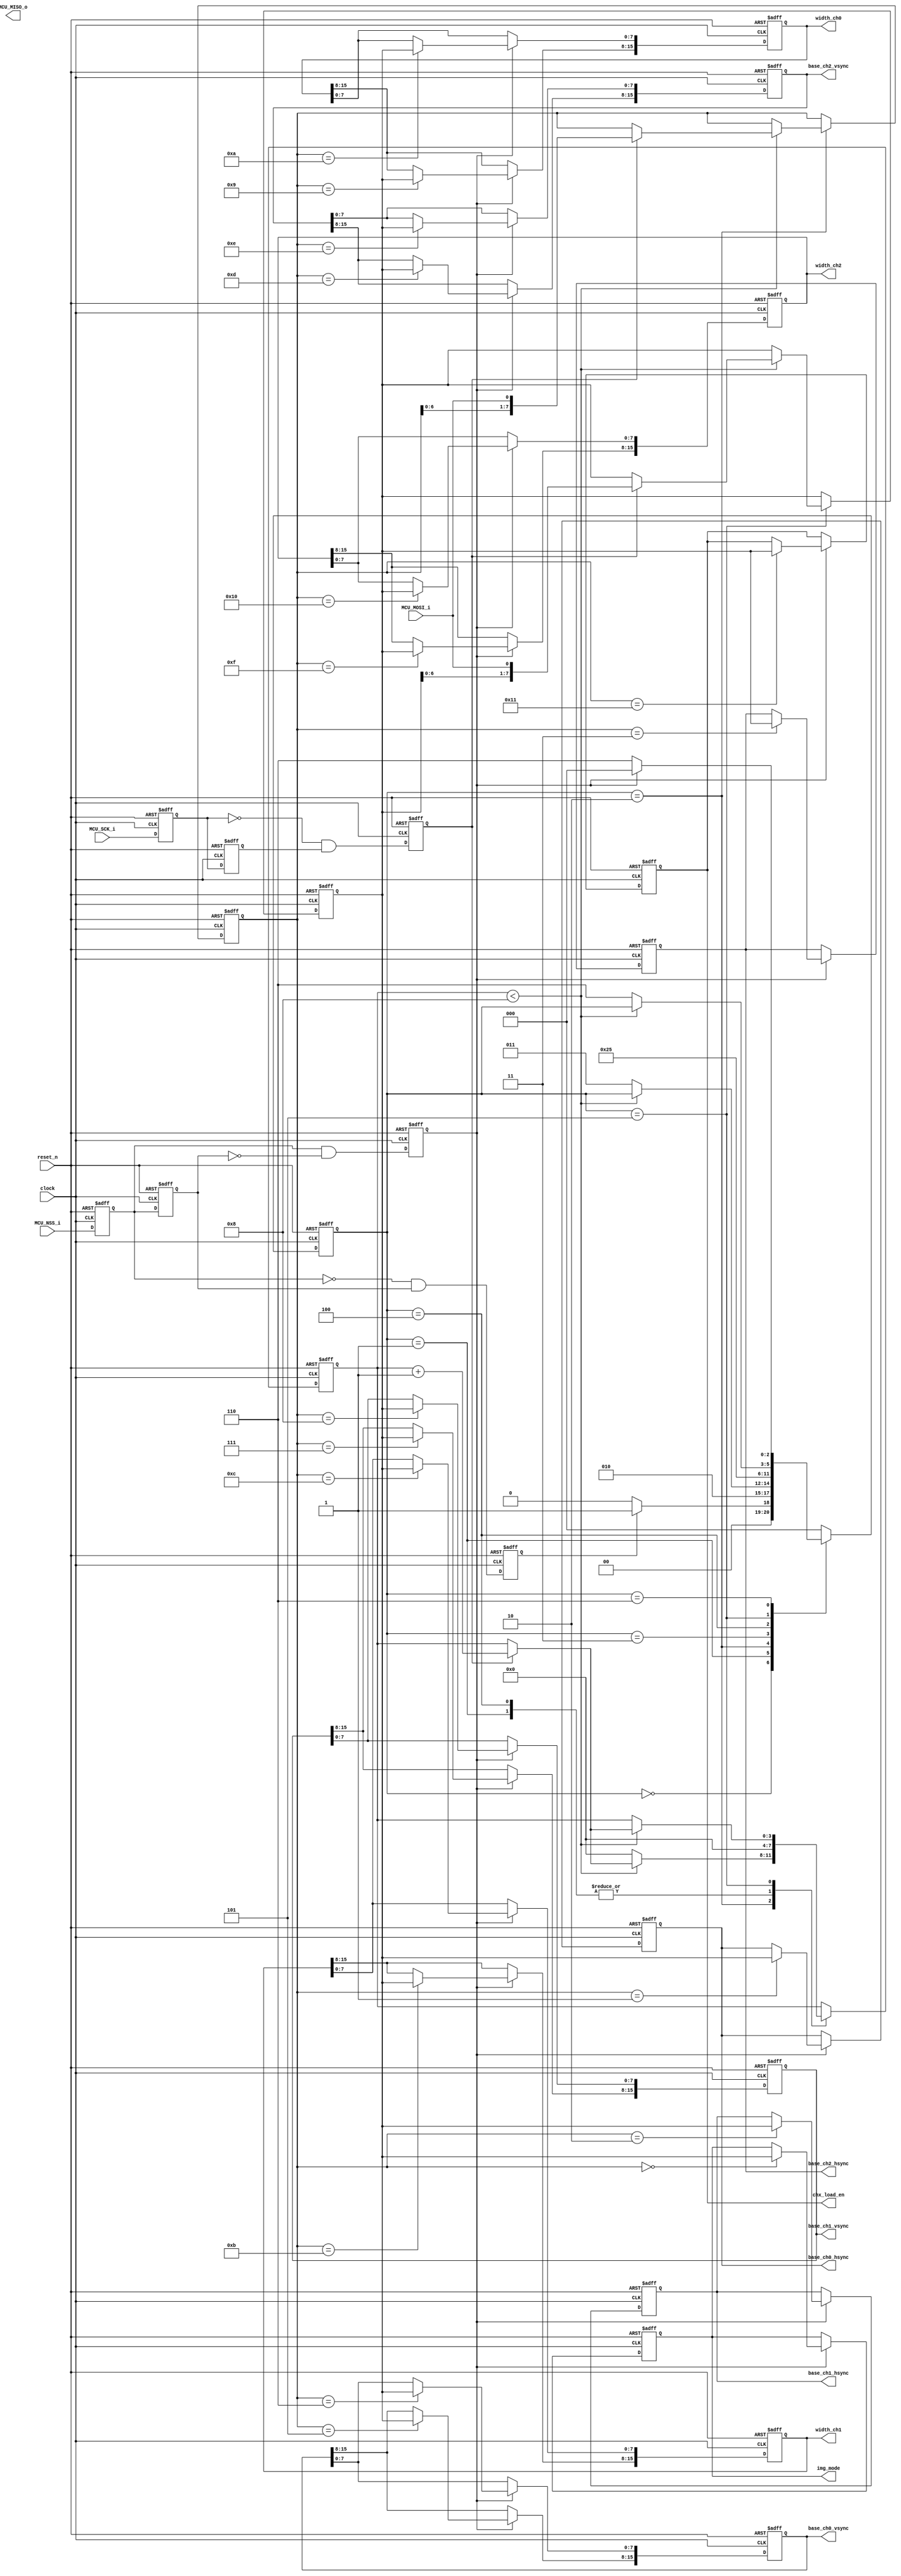
//---------------------------------------------------------------------------------------

module SPI0_Crl(
		
		//
		clock, reset_n,
		//
		MCU_SCK_i, MCU_MISO_o, MCU_MOSI_i, MCU_NSS_i,
		//
		base_ch0_hsync, base_ch0_vsync, width_ch0, 
		base_ch1_hsync, base_ch1_vsync, width_ch1, 
		base_ch2_hsync, base_ch2_vsync, width_ch2,
		chx_load_en, img_mode

);

//---------------------------------------------------------------------------------------

//
input								clock;
input								reset_n;

//
input								MCU_SCK_i;
output								MCU_MISO_o;
input								MCU_MOSI_i; 
input								MCU_NSS_i;

//
output		[7:0]					base_ch0_hsync;
output		[7:0]					base_ch1_hsync;
output		[7:0]					base_ch2_hsync;
output		[15:0]					base_ch0_vsync;
output		[15:0]					base_ch1_vsync;
output		[15:0]					base_ch2_vsync;
output		[15:0]					width_ch0;
output		[15:0]					width_ch1;
output		[15:0]					width_ch2;
output		[7:0]					chx_load_en;
output		[7:0]					img_mode;

//---------------------------------------------------------------------------------------

//							
reg			[7:0]					r_base_ch0_hsync;
reg			[7:0]					r_base_ch1_hsync;
reg			[7:0]					r_base_ch2_hsync;
reg			[15:0]					r_base_ch0_vsync;
reg			[15:0]					r_base_ch1_vsync;
reg			[15:0]					r_base_ch2_vsync;
reg			[15:0]					r_width_ch0;
reg			[15:0]					r_width_ch1;
reg			[15:0]					r_width_ch2;
reg			[7:0]					r_chx_load_en;
reg			[7:0]					r_img_mode;
//
reg			[2:0]					ST;
//
reg									sck_pedge;
reg									sck_nedge;
reg									sck_d0;
reg									sck_d1;
reg									nss_pedge;
reg									nss_nedge;
reg									nss_d0;
reg									nss_d1;
reg			[3:0]				    spi_cnt;
reg			[7:0]					spi_addr;
reg			[7:0]					spi_dat;		

//---------------------------------------------------------------------------------------

parameter							IDLE = 3'd0;
parameter							SPI0_BYTE1_START = 3'd1;
parameter							SPI0_BYTE1_TANSFER = 3'd2;
parameter							SPI0_BYTE1_END = 3'd3;
parameter							SPI0_BYTE2_START = 3'd4;
parameter							SPI0_BYTE2_TANSFER = 3'd5;
parameter							SPI0_BYTE2_END = 3'd6;

//---------------------------------------------------------------------------------------

assign base_ch0_hsync = r_base_ch0_hsync;
assign base_ch1_hsync = r_base_ch1_hsync;
assign base_ch2_hsync = r_base_ch2_hsync;
assign base_ch0_vsync = r_base_ch0_vsync;
assign base_ch1_vsync = r_base_ch1_vsync;
assign base_ch2_vsync = r_base_ch2_vsync;
assign width_ch0 = r_width_ch0;
assign width_ch1 = r_width_ch1;
assign width_ch2 = r_width_ch2;
assign chx_load_en = r_chx_load_en;
assign img_mode = r_img_mode;


//---------------------------------------------------------------------------------------

always@(posedge clock or negedge reset_n)
	begin
		if(!reset_n)
			begin
				sck_d0 <= 1'b0;
				sck_d1 <= 1'b0;
				nss_d0 <= 1'b0;
				nss_d1 <= 1'b0;
				sck_pedge <= 1'b0;
				sck_nedge <= 1'b0;
				nss_pedge <= 1'b0;
				nss_nedge <= 1'b0;
			end
		else 
			begin
				sck_d0 <= MCU_SCK_i;
				sck_d1 <= sck_d0;
				sck_pedge <= sck_d0 && ~sck_d1;
				sck_nedge <= ~sck_d0 && sck_d1;
				nss_d0 <= MCU_NSS_i;
				nss_d1 <= nss_d0;
				nss_pedge <= nss_d0 && ~nss_d1;
				nss_nedge <= ~nss_d0 && nss_d1;
			end
	end

always@(posedge clock or negedge reset_n)
	begin
		if(!reset_n)
			begin
				//
				spi_cnt <= 0;
				spi_addr <= 0;
				spi_dat <= 0;
				//
				ST <= IDLE;
			end
		else
			begin
				case(ST)
					IDLE : 
						if(nss_nedge)
							ST <= SPI0_BYTE1_START;
						else
							begin
								ST <= IDLE;
							end
					SPI0_BYTE1_START :
						begin
							ST <= SPI0_BYTE1_TANSFER;
							spi_cnt <= 0;
						end
					SPI0_BYTE1_TANSFER:
						begin
							if(spi_cnt < 8)
								begin
									if(sck_nedge)
										begin
											spi_cnt <= spi_cnt + 1;
											spi_addr <= {spi_addr[6:0], MCU_MOSI_i};
										end
								end
							else
								begin
									ST <= SPI0_BYTE1_END;
									spi_cnt <= 0;
								end
						end
					SPI0_BYTE1_END:
						begin
							ST <= SPI0_BYTE2_START;
						end
					SPI0_BYTE2_START :
						begin
							ST <= SPI0_BYTE2_TANSFER;
							spi_cnt <= 0;
						end
					SPI0_BYTE2_TANSFER:
						begin
							if(spi_cnt < 8)
								begin
									if(sck_nedge)
										begin
											spi_cnt <= spi_cnt + 1;
											spi_dat <= {spi_dat[6:0], MCU_MOSI_i};
										end
								end
							else
								begin
									ST <= SPI0_BYTE2_END;
								end
						end
					SPI0_BYTE2_END:
						begin
							if(nss_pedge)
								ST <= IDLE;
							else
								ST <= SPI0_BYTE2_END;
						end
					default:
						ST <= IDLE;
				endcase
			end
	end

always@(posedge clock or negedge reset_n)
	begin
		if(!reset_n)
			begin
			    r_base_ch0_hsync <= 0;
				r_base_ch1_hsync <= 0; 
				r_base_ch2_hsync <= 0;
				r_base_ch0_vsync <= 0;
				r_base_ch1_vsync <= 0; 
				r_base_ch2_vsync <= 0;
				r_width_ch0 <= 0;
				r_width_ch1 <= 0;
				r_width_ch2 <= 0;
				r_chx_load_en <= 0;
				r_img_mode <= 0;
			end
		else if(nss_pedge)
			case(spi_addr)
				0 : r_img_mode <= spi_dat;
				1 : r_base_ch0_hsync <= spi_dat;
				2 : r_base_ch1_hsync <= spi_dat;
				3 :	r_base_ch2_hsync <= spi_dat;
				//4 : r_base_ch2_hsync <= spi_dat;
				5 : r_base_ch0_vsync[15:8] <= spi_dat;
				6 : r_base_ch0_vsync[7:0] <= spi_dat;
				7 :	r_base_ch1_vsync[15:8] <= spi_dat;
				8 : r_base_ch1_vsync[7:0] <= spi_dat;
				9 : r_width_ch0[15:8] <= spi_dat;
			   10 : r_width_ch0[7:0] <= spi_dat;
			   11 :	r_width_ch1[15:8] <= spi_dat;
			   12 : r_width_ch1[7:0] <= spi_dat;
			   13 :	r_base_ch2_vsync[15:8] <= spi_dat;
			   14 : r_base_ch2_vsync[7:0] <= spi_dat;
			   15 :	r_width_ch2[15:8] <= spi_dat;
			   16 : r_width_ch2[7:0] <= spi_dat;
			   17 : r_chx_load_en <= spi_dat;
			    default : 
					begin
					end
			endcase
	end	
//---------------------------------------------------------------------------------------

endmodule